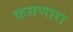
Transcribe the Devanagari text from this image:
कसणारा